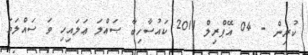
ކުރިން - 04 އޭޕްރިލް 2011 ކައުސާހިބާ ޞައްލަ ޢަލައިހި ވަ ސައްލަމަ